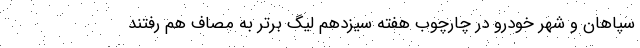
سپاهان و شهر خودرو در چارچوب هفته سیزدهم لیگ برتر به مصاف هم رفتند